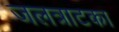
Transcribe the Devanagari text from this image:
जलत्राटका